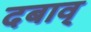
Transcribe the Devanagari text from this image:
दबाव्